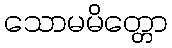
သောမမိတ္တော